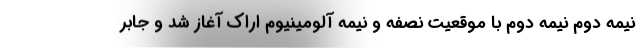
نیمه دوم نیمه دوم با موقعیت نصفه و نیمه آلومینیوم اراک آغاز شد و جابر